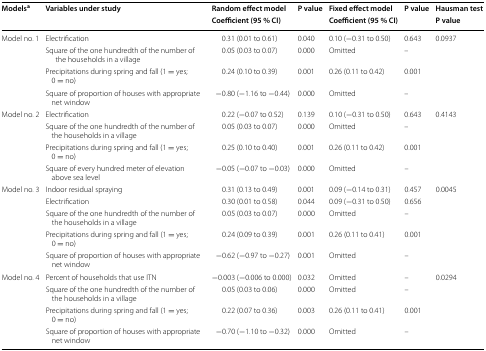
<table><thead><tr><td rowspan="2"><b>Models<sup>a</sup></b></td><td rowspan="2"><b>Variables under study</b></td><td><b>Random effect model</b></td><td rowspan="2"><b>P value</b></td><td><b>Fixed effect model</b></td><td rowspan="2"><b>P value</b></td><td><b>Hausman test</b></td></tr><tr><td><b>Coefficient (95 % CI)</b></td><td><b>Coefficient (95 % CI)</b></td><td><b>P value</b></td></tr></thead><tbody><tr><td rowspan="4">Model no. 1</td><td>Electrification</td><td>0.31 (0.01 to 0.61)</td><td>0.040</td><td>0.10 (−0.31 to 0.50)</td><td>0.643</td><td>0.0937</td></tr><tr><td>Square of the one hundredth of the number of the households in a village</td><td>0.05 (0.03 to 0.07)</td><td>0.000</td><td>Omitted</td><td>–</td><td></td></tr><tr><td>Precipitations during spring and fall (1 = yes; 0 = no)</td><td>0.24 (0.10 to 0.39)</td><td>0.001</td><td>0.26 (0.11 to 0.42)</td><td>0.001</td><td></td></tr><tr><td>Square of proportion of houses with appropriate net window</td><td>−0.80 (−1.16 to −0.44)</td><td>0.000</td><td>Omitted</td><td>–</td><td></td></tr><tr><td rowspan="4">Model no. 2</td><td>Electrification</td><td>0.22 (−0.07 to 0.52)</td><td>0.139</td><td>0.10 (−0.31 to 0.50)</td><td>0.643</td><td>0.4143</td></tr><tr><td>Square of the one hundredth of the number of the households in a village</td><td>0.05 (0.03 to 0.07)</td><td>0.000</td><td>Omitted</td><td>–</td><td></td></tr><tr><td>Precipitations during spring and fall (1 = yes; 0 = no)</td><td>0.25 (0.10 to 0.40)</td><td>0.001</td><td>0.26 (0.11 to 0.42)</td><td>0.001</td><td></td></tr><tr><td>Square of every hundred meter of elevation above sea level</td><td>−0.05 (−0.07 to −0.03)</td><td>0.000</td><td>Omitted</td><td>–</td><td></td></tr><tr><td rowspan="5">Model no. 3</td><td>Indoor residual spraying</td><td>0.31 (0.13 to 0.49)</td><td>0.001</td><td>0.09 (−0.14 to 0.31)</td><td>0.457</td><td>0.0045</td></tr><tr><td>Electrification</td><td>0.30 (0.01 to 0.58)</td><td>0.044</td><td>0.09 (−0.31 to 0.50)</td><td>0.656</td><td></td></tr><tr><td>Square of the one hundredth of the number of the households in a village</td><td>0.05 (0.03 to 0.07)</td><td>0.000</td><td>Omitted</td><td>–</td><td></td></tr><tr><td>Precipitations during spring and fall (1 = yes; 0 = no)</td><td>0.24 (0.09 to 0.39)</td><td>0.001</td><td>0.26 (0.11 to 0.41)</td><td>0.001</td><td></td></tr><tr><td>Square of proportion of houses with appropriate net window</td><td>−0.62 (−0.97 to −0.27)</td><td>0.001</td><td>Omitted</td><td>–</td><td></td></tr><tr><td rowspan="4">Model no. 4</td><td>Percent of households that use ITN</td><td>−0.003 (−0.006 to 0.000)</td><td>0.032</td><td>Omitted</td><td>–</td><td>0.0294</td></tr><tr><td>Square of the one hundredth of the number of the households in a village</td><td>0.05 (0.03 to 0.06)</td><td>0.000</td><td>Omitted</td><td>–</td><td></td></tr><tr><td>Precipitations during spring and fall (1 = yes; 0 = no)</td><td>0.22 (0.07 to 0.36)</td><td>0.003</td><td>0.26 (0.11 to 0.41)</td><td>0.001</td><td></td></tr><tr><td>Square of proportion of houses with appropriate net window</td><td>−0.70 (−1.10 to −0.32)</td><td>0.000</td><td>Omitted</td><td>–</td><td></td></tr></tbody></table>